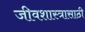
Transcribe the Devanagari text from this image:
जीवशास्त्रासाठी